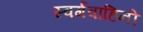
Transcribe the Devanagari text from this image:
स्वर्गवाहिनी